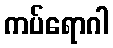
ကပ်ရောဂါ